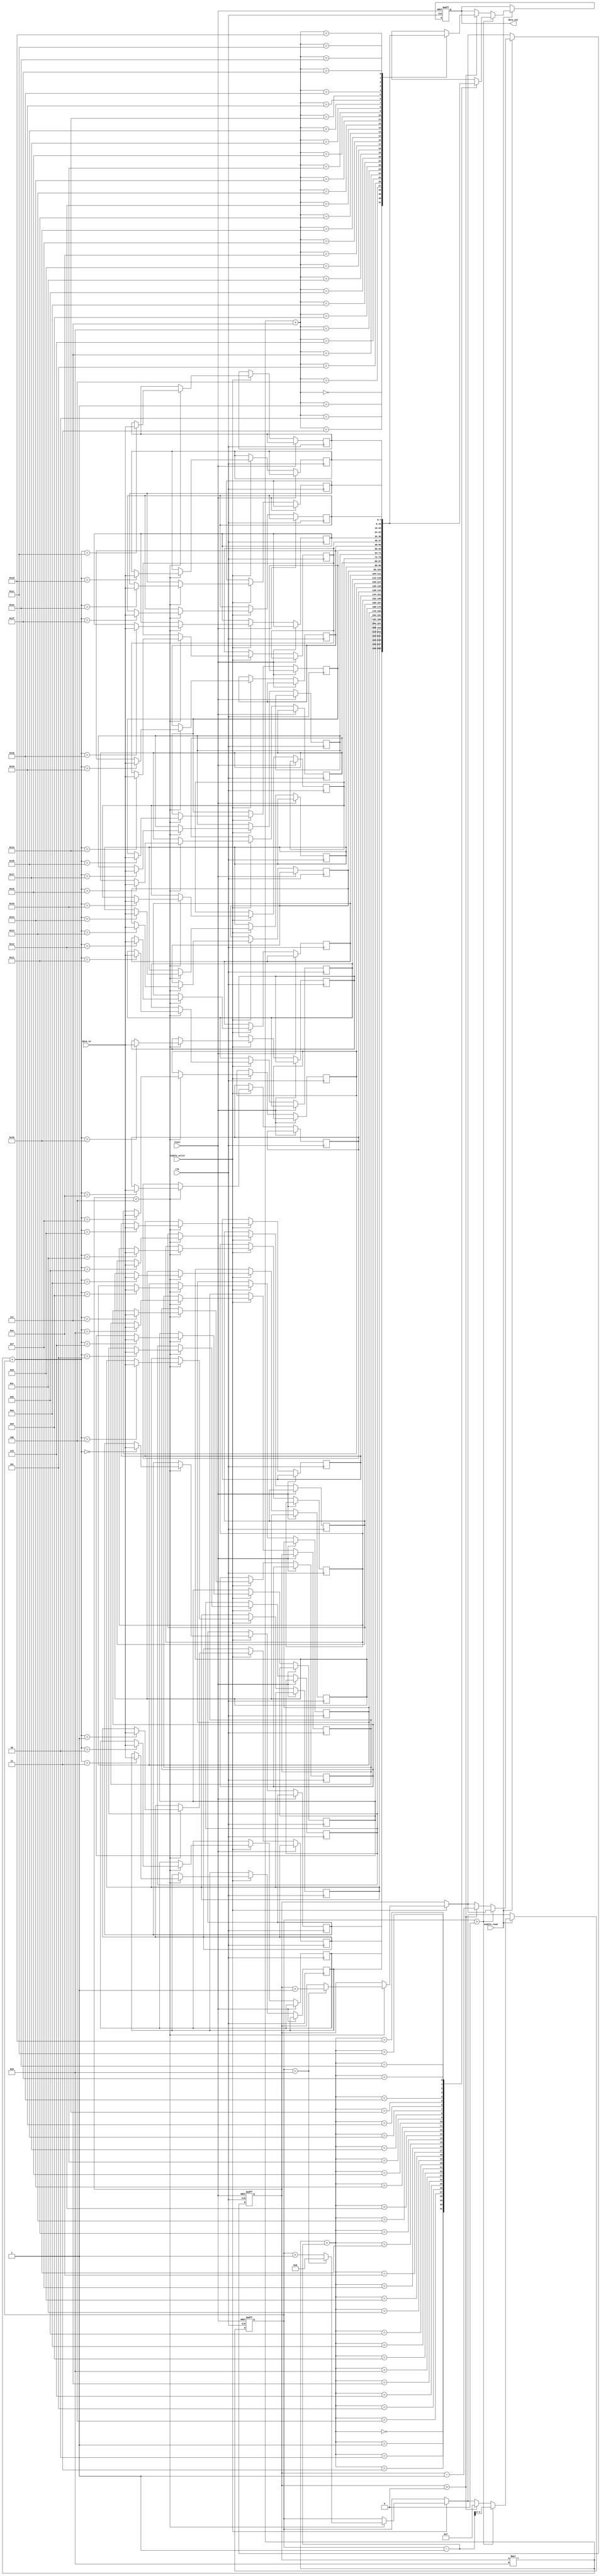
module MemoryBlocksStack (
    input wire clk,
    input wire reset,
    input wire enable_write,
    input wire [7:0] data_in,
    input wire enable_read,
    output reg [7:0] data_out
);

parameter NUM_BLOCKS = 4;
parameter BLOCK_SIZE = 8;

reg [7:0] mem [NUM_BLOCKS-1:0][BLOCK_SIZE-1:0];

reg [3:0] top_block;
reg [3:0] top_register;

always @ (posedge clk or posedge reset) begin
    if (reset) begin
        top_block <= 0;
        top_register <= 0;
        data_out <= 8'b0;
    end else begin
        if (enable_write) begin
            if (top_block < NUM_BLOCKS) begin
                mem[top_block][top_register] <= data_in;
                top_register <= top_register + 1;
                if (top_register == BLOCK_SIZE) begin
                    top_block <= top_block + 1;
                    top_register <= 0;
                end
            end
        end
        
        if (enable_read) begin
            if (top_register > 0) begin
                data_out <= mem[top_block][top_register-1];
                top_register <= top_register - 1;
            end else if (top_block > 0) begin
                top_block <= top_block - 1;
                top_register <= BLOCK_SIZE-1;
                data_out <= mem[top_block][BLOCK_SIZE-1];
            end
        end
    end
end

endmodule